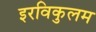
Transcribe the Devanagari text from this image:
इरविकुलम